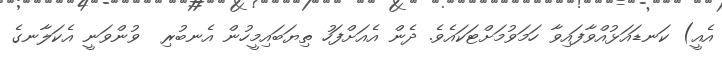
އެއީ) ކަނޑައަޅުއްވާފައިވާ ހަމަވުމަށްޓަކައެވެ. ދެން އެއަށްފަހު ތިޔަބައިމީހުން އެނބުރި  ވުންވަނީ އެކަލާނގެ